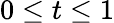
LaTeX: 0\le t\le 1